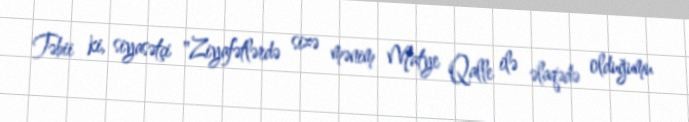
Təbii ki, siyasətçi "Ziyafətlərdə sizə mənim Matye Qalle ilə əlaqədə olduğumu